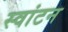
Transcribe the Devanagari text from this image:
स्वांटन